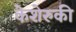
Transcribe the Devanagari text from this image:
केशेरुकी